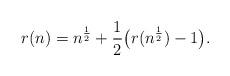
LaTeX: \begin{align*}r(n) = n^\frac{1}{2} + \frac{1}{2} \big(r(n^\frac{1}{2}) - 1 \big). \end{align*}